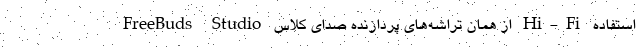
FreeBuds Studio از همان تراشه‌های پردازنده صدای کلاس Hi-Fi استفاده